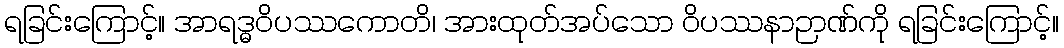
ရခြင်းကြောင့်။ အာရဒ္ဓဝိပဿကောတိ၊ အားထုတ်အပ်သော ဝိပဿနာဉာဏ်ကို ရခြင်းကြောင့်။